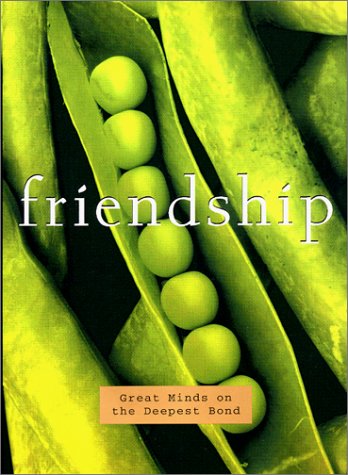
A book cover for Friendship : Great Minds on the Deepest Bond; Big Fish; Humor & Entertainment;